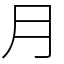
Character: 月